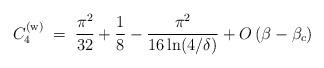
LaTeX: \begin{align*}C_4^{({\rm w})}\;=\; {\pi^2\over 32}+{1\over 8}- {\pi^2\over 16\ln(4/\delta)}+O\left(\beta-\beta_c\right)\end{align*}